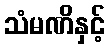
သံမဏိနှင့်